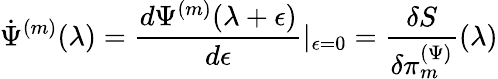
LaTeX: \dot{\Psi}^{(m)}(\lambda)=\frac{d\Psi^{(m)}(\lambda+\epsilon)}{d\epsilon}\vert_{\epsilon=0}=\frac{\delta S}{\delta\pi_{m}^{(\Psi)}}(\lambda)